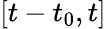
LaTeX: [t-t_{0},t]